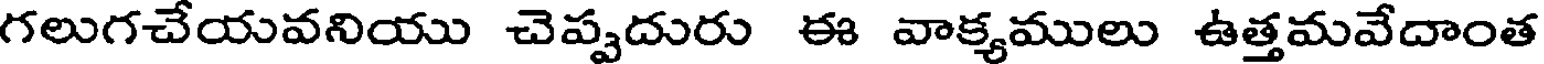
గలుగచేయవనియు చెప్పదురు ఈ వాక్యములు ఉత్తమవేదాంత